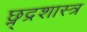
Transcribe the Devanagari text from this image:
छ्न्द्रशास्त्र